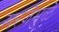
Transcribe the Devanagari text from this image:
खरजेमुळे